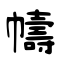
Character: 幬